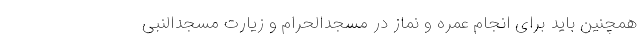
همچنین باید برای انجام عمره و نماز در مسجدالحرام و زیارت مسجدالنبی